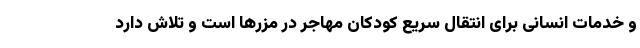
و خدمات انسانی برای انتقال سریع کودکان مهاجر در مزرها است و تلاش دارد